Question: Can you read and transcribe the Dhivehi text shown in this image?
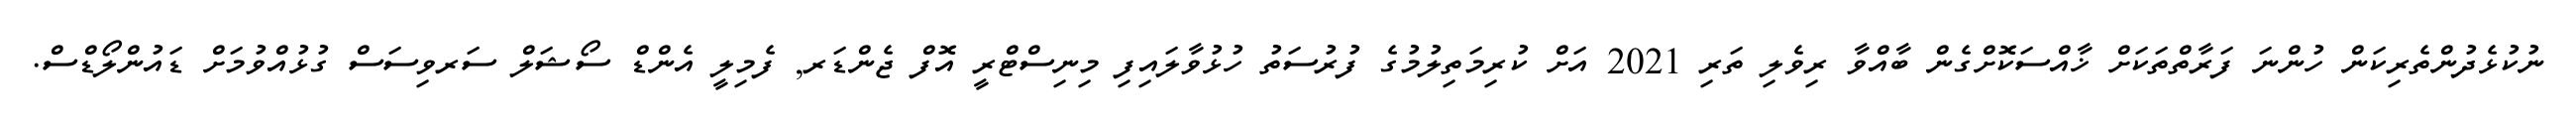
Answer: ނުކުޅެދުންތެރިކަން ހުންނަ ފަރާތްތަކަށް ޚާއްސަކޮށްގެން ބާއްވާ ރިވެލި ތަރި 2021 އަށް ކުރިމަތިލުމުގެ ފުރުސަތު ހުޅުވާލައިފި މިނިސްޓްރީ އޮފް ޖެންޑަރ, ފެމިލީ އެންޑް ސޯޝަލް ސަރވިސަސް ގުޅުއްވުމަށް ޑައުންލޯޑްސް.